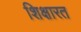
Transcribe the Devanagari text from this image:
शिक्षारत